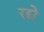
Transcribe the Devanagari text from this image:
रद्दो